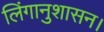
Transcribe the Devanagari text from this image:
लिंगानुशासन।